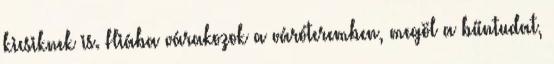
kicsiknek is. Hiába várakozok a váróteremben, megöl a bűntudat,